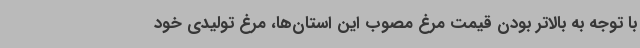
با توجه به بالاتر بودن قیمت مرغ مصوب این استان‌ها، مرغ تولیدی خود